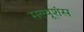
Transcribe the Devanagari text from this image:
सल्यूशंस